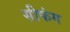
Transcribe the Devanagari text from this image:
सीफंग